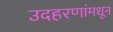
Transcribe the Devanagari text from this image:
उदहरणांमधून